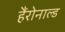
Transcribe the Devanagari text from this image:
हैंरोनाल्ड